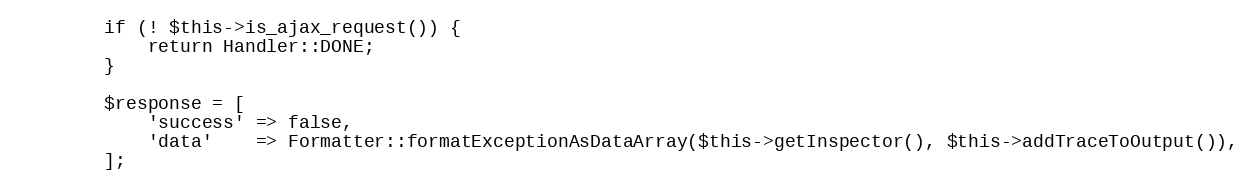
Language: PHP
        if (! $this->is_ajax_request()) {
            return Handler::DONE;
        }

        $response = [
            'success' => false,
            'data'    => Formatter::formatExceptionAsDataArray($this->getInspector(), $this->addTraceToOutput()),
        ];